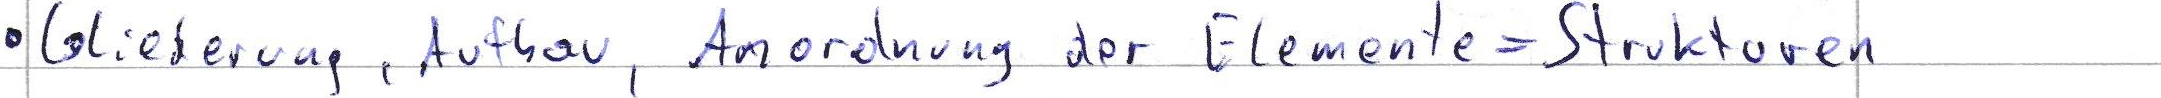
Gliederung, Aufbau, Anordnung der Elemente = Strukturen